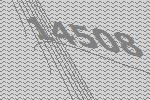
14508